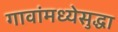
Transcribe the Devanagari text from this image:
गावांमध्येसुद्धा